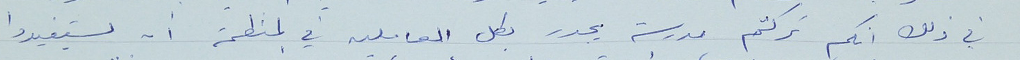
في ذلك انكم تركتم مدرسة يجدر بكل العاملين في المنظمة أن يستفيدوا